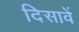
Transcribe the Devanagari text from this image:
दिसावें